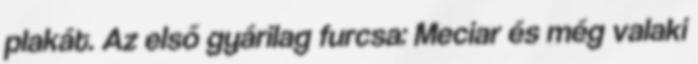
plakát. Az első gyárilag furcsa: Meciar és még valaki